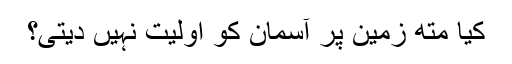
کیا متھ زمین پر آسمان کو اوّلیت نہیں دیتی؟